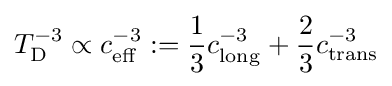
T_{\rm {D}}^{-3}\propto c_{\rm {eff}}^{-3}:={\frac {1}{3}}c_{\rm {long}}^{-3}+{\frac {2}{3}}c_{\rm {trans}}^{-3}